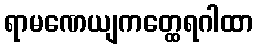
ရာမဏေယျကတ္ထေရဂါထာ